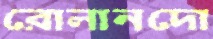
রোলানদো